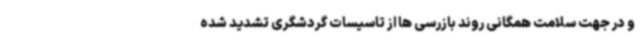
و در جهت سلامت همگانی روند بازرسی ها از تاسیسات گردشگری تشدید شده